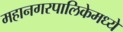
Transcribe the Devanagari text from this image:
महानगरपालिकेमध्ये